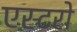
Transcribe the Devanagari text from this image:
एस्टरो